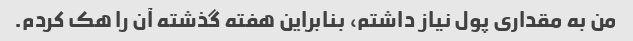
من به مقداری پول نیاز داشتم، بنابراین هفته گذشته آن را هک کردم.